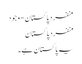
منفرد پاکستان - وجود
منفرد پاکستان
یہ پاکستان ہے۔